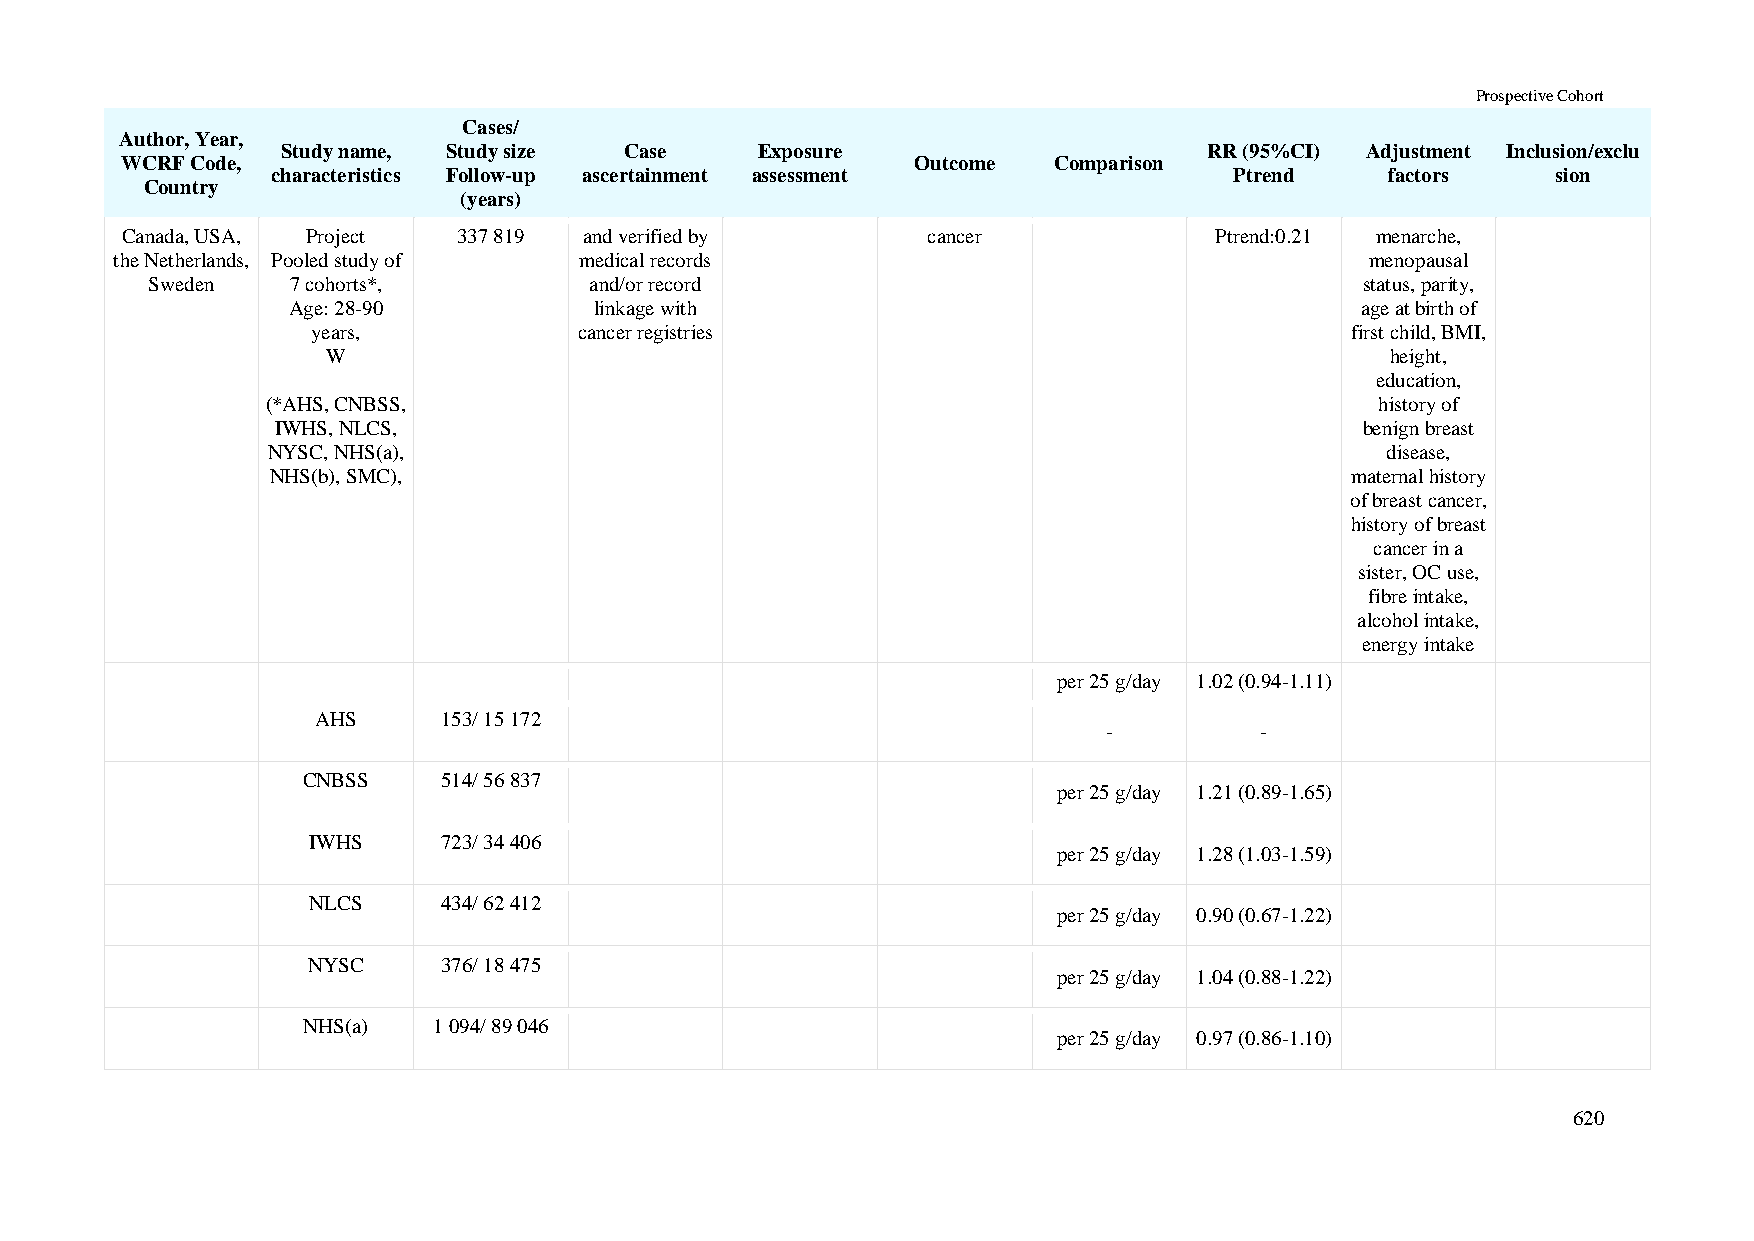
Prospective Cohort
 Cases/
 Author, Year,
 Study name, Study size Case    Exposure                      RR (95%CI) Adjustment Inclusion/exclu
 WCRF Code,                                           Outcome  Comparison
 characteristics Follow-up ascertainment assessment              Ptrend    factors    sion
 Country
 (years)
 Canada, USA, Project  337 819  and verified by       cancer             Ptrend:0.21 menarche,
 the Netherlands, Pooled study of medical records                                   menopausal
 Sweden   7 cohorts*,         and/or record                                      status, parity,
 Age: 28-90          linkage with                                       age at birth of
 years,           cancer registries                                  first child, BMI,
 W                                                                     height,
 education,
 (*AHS, CNBSS,                                                            history of
 IWHS, NLCS,                                                             benign breast
 NYSC, NHS(a),                                                             disease,
 NHS(b), SMC),                                                          maternal history
 of breast cancer,
 history of breast
 cancer in a
 sister, OC use,
 fibre intake,
 alcohol intake,
 energy intake
 per 25 g/day 1.02 (0.94-1.11)
 AHS     153/ 15 172
 -         -
 CNBSS    514/ 56 837
 per 25 g/day 1.21 (0.89-1.65)
 IWHS     723/ 34 406
 per 25 g/day 1.28 (1.03-1.59)
 NLCS     434/ 62 412
 per 25 g/day 0.90 (0.67-1.22)
 NYSC     376/ 18 475
 per 25 g/day 1.04 (0.88-1.22)
 NHS(a)   1 094/ 89 046
 per 25 g/day 0.97 (0.86-1.10)
 620